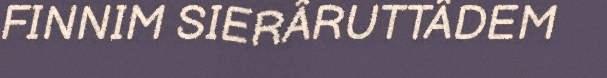
FINNIM SIERÂRUTTÂDEM